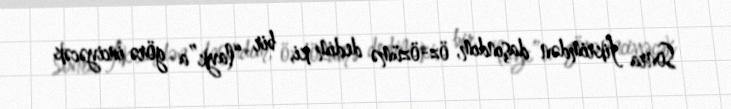
Sonra fikrimdən daşındım, öz-özümə dedim ki, bir “layk”a görə inciyəcək